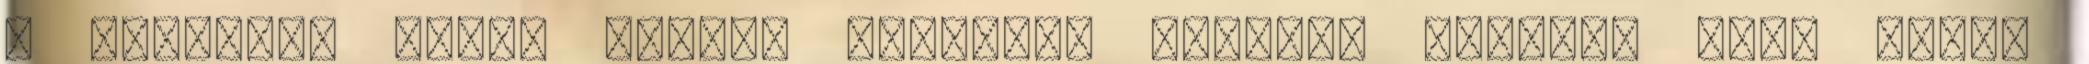
a hétvégi, Vasas elleni meccshez képest. Biztos, hogy Kapic